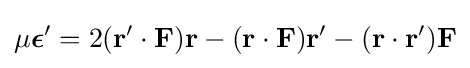
\mu {\boldsymbol {\epsilon }}'=2(\mathbf {r'} \cdot \mathbf {F} )\mathbf {r} -(\mathbf {r} \cdot \mathbf {F} )\mathbf {r'} -(\mathbf {r} \cdot \mathbf {r'} )\mathbf {F}